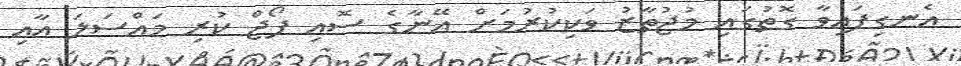
އެނގިފައިވާ ގޮތުގައި މުޖުތާޒު ވަކިކުރުމަށް އޭނާގެ ސޮއި ފޯޖް ކުރި މައްސަލަ އާއި